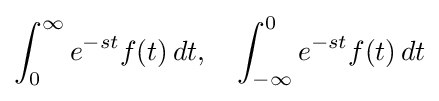
\int _{0}^{\infty }e^{-st}f(t)\,dt,\quad \int _{-\infty }^{0}e^{-st}f(t)\,dt